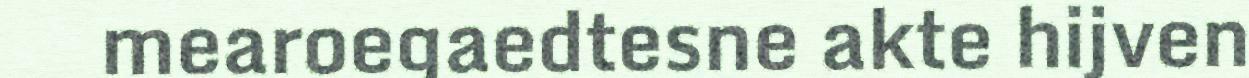
mearoegaedtesne akte hijven